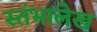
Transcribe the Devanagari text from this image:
स्‍तंभालेख